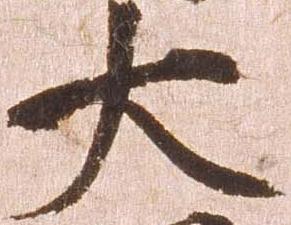
大